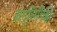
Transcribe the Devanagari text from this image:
अंगुलिचिह्नों